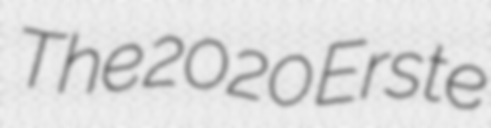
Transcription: The 2020 Erste